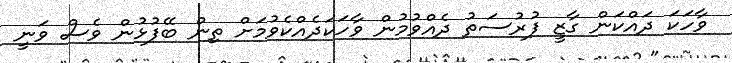
ވާހަކަ ދައްކަން ގާޒީ ފުރުސަތު ދެއްވުމުން ވާހަކަދެއްކެވުމަށް ތިން ބޭފުޅުން ވެސް ވަނީ